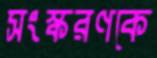
সংস্করণকে